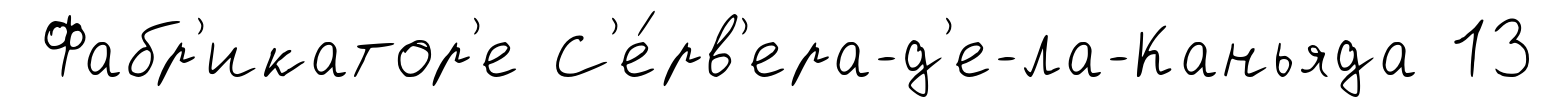
Фабр'икатор'е С'е́рв'ера-д'е-ла-Каньяда 13